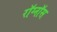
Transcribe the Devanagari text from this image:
रॉग्नॉस